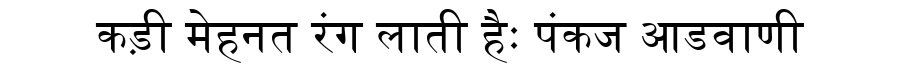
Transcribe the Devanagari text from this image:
कड़ी मेहनत रंग लाती हैः पंकज आडवाणी